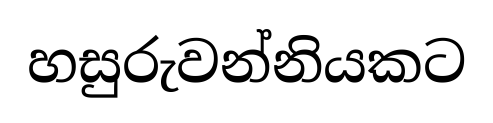
හසුරුවන්නියකට